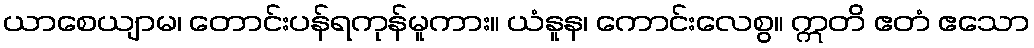
ယာစေယျာမ၊ တောင်းပန်ရကုန်မူကား။ ယံနူန၊ ကောင်းလေစွ။ ဣတိ ဧတံ ဧသော